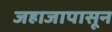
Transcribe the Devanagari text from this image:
जहाजापासून